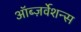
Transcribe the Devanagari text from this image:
ऑब्ज़र्वेशन्स